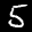
Label: 5